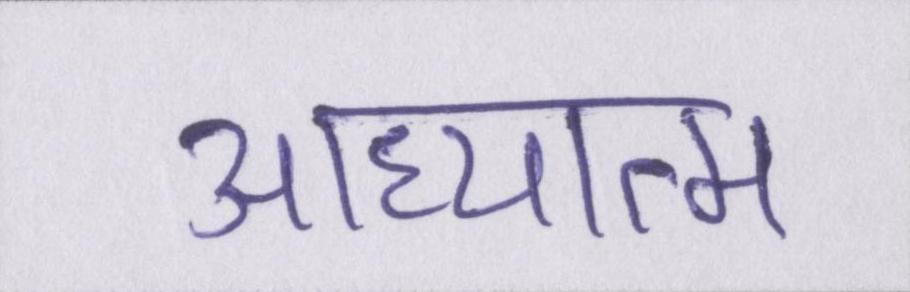
आध्यात्म